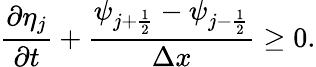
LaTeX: \frac{\partial\eta_{j}}{\partial t}+\frac{\psi_{j+\frac{1}{2}}-\psi_{j-\frac{1}{2}}}{\Delta x}\ge 0.